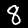
Digit: 8